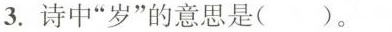
3.诗中”岁”的意思是()。